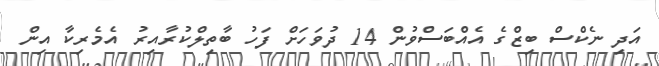
އަދި ނެކްސް ބިޒްގެ އެއްބަސްވުން 14 ދުވަހަށް ފަހު ބާތިލްކުރާއިރު އެމެރިކާ އިން